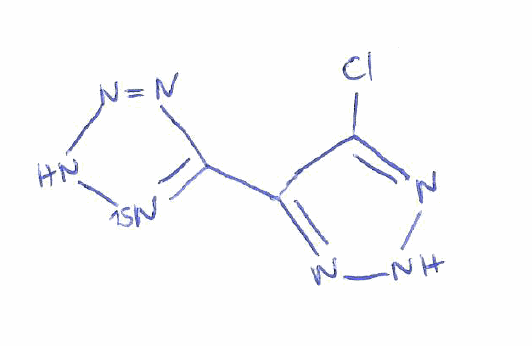
Simplified molecular-input line-entry system (SMILES) notation of the given molecule:
C1(=NNN=C1Cl)C2=[15N]NN=N2